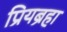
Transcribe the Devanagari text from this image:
प्रियब्रहा